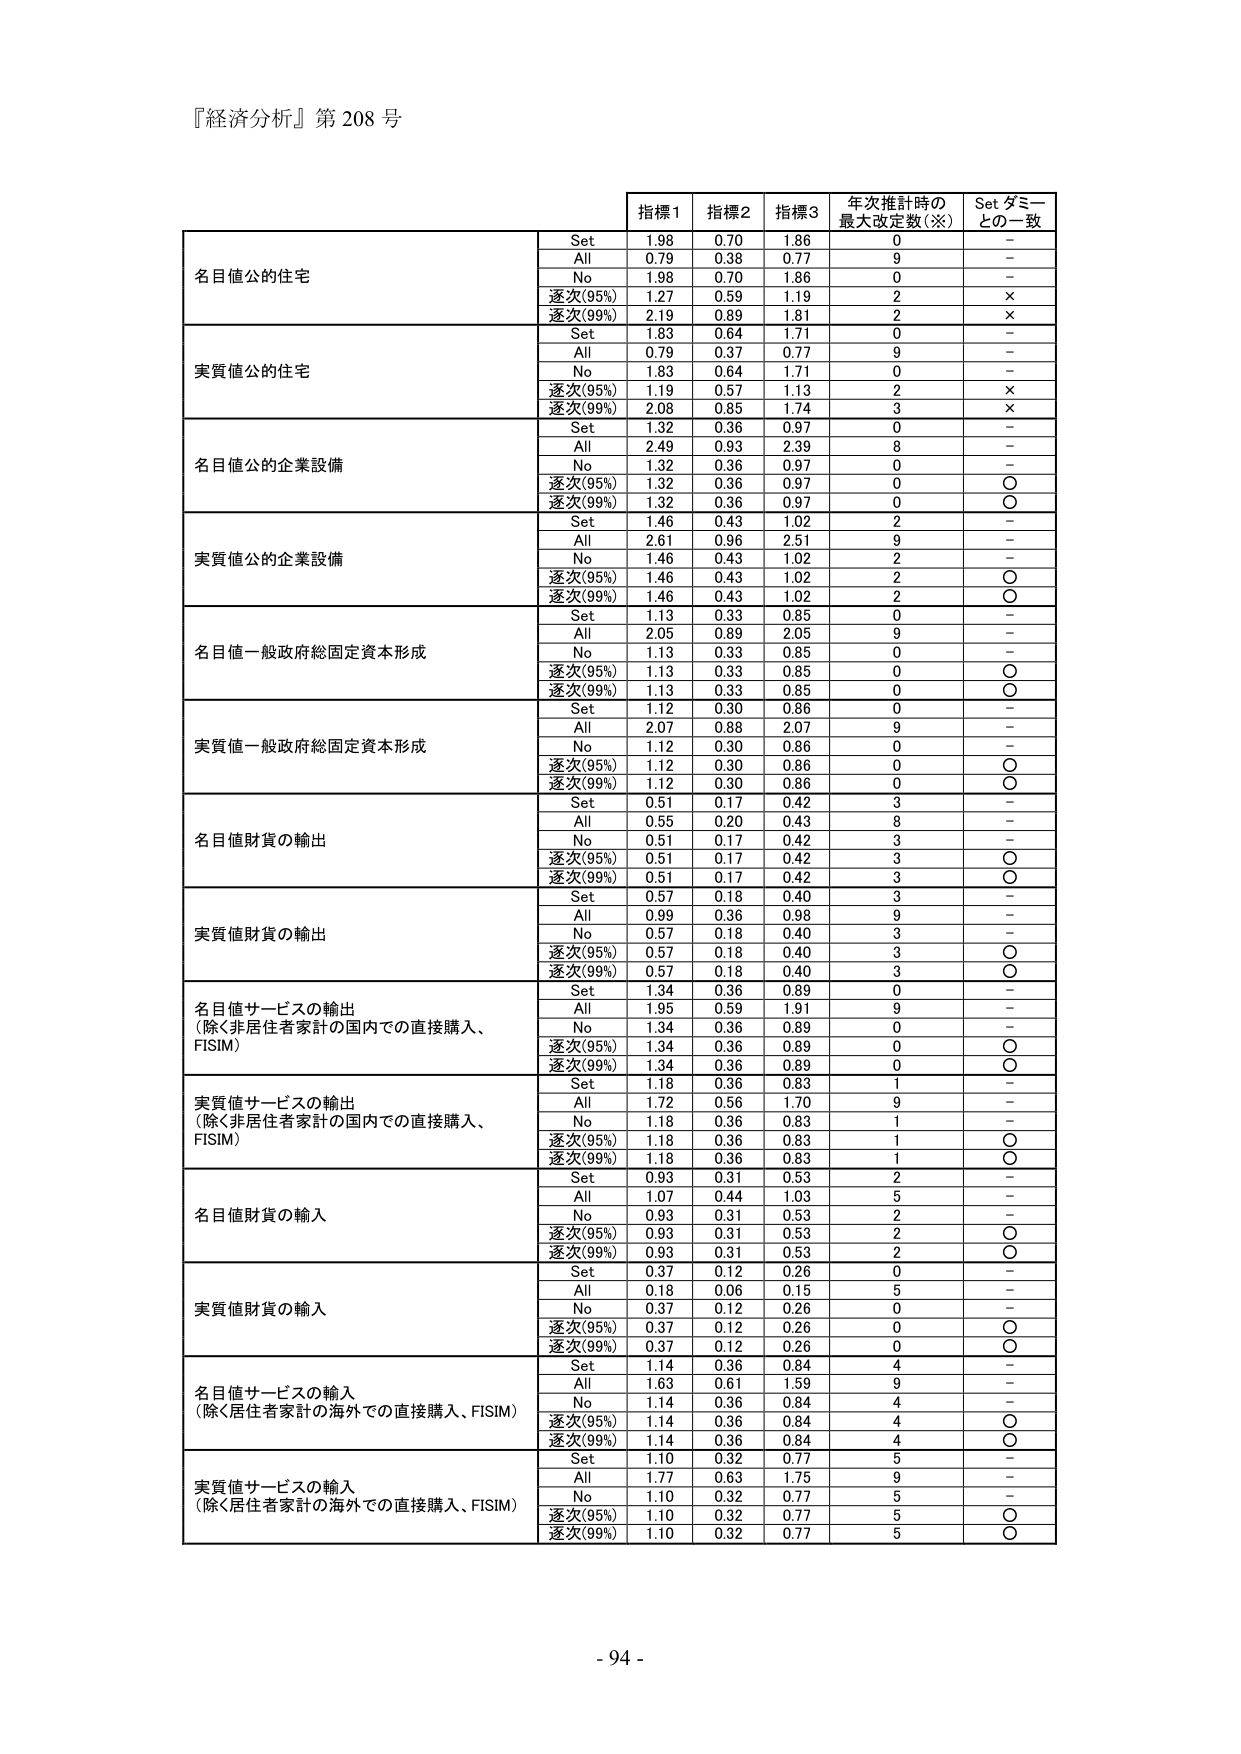
『経済分析』第 208 号

指標1 指標2 指標3 年次推計時の 最大改定数(※) Set ダミー との一致

名目値公的住宅
Set 1.98 0.70 1.86 0 -
All 0.79 0.38 0.77 9 -
No 1.98 0.70 1.86 0 -
逐次(95%) 1.27 0.59 1.19 2 ×
逐次(99%) 2.19 0.89 1.81 2 ×

実質値公的住宅
Set 1.83 0.64 1.71 0 -
All 0.79 0.37 0.77 9 -
No 1.83 0.64 1.71 0 -
逐次(95%) 1.19 0.57 1.13 2 ×
逐次(99%) 2.08 0.85 1.74 3 ×

名目値公的企業設備
Set 1.32 0.36 0.97 0 -
All 2.49 0.93 2.39 8 -
No 1.32 0.36 0.97 0 -
逐次(95%) 1.32 0.36 0.97 0 ○
逐次(99%) 1.32 0.36 0.97 0 ○

実質値公的企業設備
Set 1.46 0.43 1.02 2 -
All 2.61 0.96 2.51 9 -
No 1.46 0.43 1.02 2 -
逐次(95%) 1.46 0.43 1.02 2 ○
逐次(99%) 1.46 0.43 1.02 2 ○

名目値一般政府総固定資本形成
Set 1.13 0.33 0.85 0 -
All 2.05 0.89 2.05 9 -
No 1.13 0.33 0.85 0 -
逐次(95%) 1.13 0.33 0.85 0 ○
逐次(99%) 1.13 0.33 0.85 0 ○

実質値一般政府総固定資本形成
Set 1.12 0.30 0.86 0 -
All 2.07 0.88 2.07 9 -
No 1.12 0.30 0.86 0 -
逐次(95%) 1.12 0.30 0.86 0 ○
逐次(99%) 1.12 0.30 0.86 0 ○

名目値財貨の輸出
Set 0.51 0.17 0.42 3 -
All 0.55 0.20 0.43 8 -
No 0.51 0.17 0.42 3 -
逐次(95%) 0.51 0.17 0.42 3 ○
逐次(99%) 0.51 0.17 0.42 3 ○

実質値財貨の輸出
Set 0.57 0.18 0.40 3 -
All 0.99 0.36 0.98 9 -
No 0.57 0.18 0.40 3 -
逐次(95%) 0.57 0.18 0.40 3 ○
逐次(99%) 0.57 0.18 0.40 3 ○

名目値サービスの輸出
(除く非居住者家計の国内での直接購入、FISIM)
Set 1.34 0.36 0.89 0 -
All 1.95 0.59 1.91 9 -
No 1.34 0.36 0.89 0 -
逐次(95%) 1.34 0.36 0.89 0 ○
逐次(99%) 1.34 0.36 0.89 0 ○

実質値サービスの輸出
(除く非居住者家計の国内での直接購入、FISIM)
Set 1.18 0.36 0.83 1 -
All 1.72 0.56 1.70 9 -
No 1.18 0.36 0.83 1 -
逐次(95%) 1.18 0.36 0.83 1 ○
逐次(99%) 1.18 0.36 0.83 1 ○

名目値財貨の輸入
Set 0.93 0.31 0.53 2 -
All 1.07 0.44 1.03 5 -
No 0.93 0.31 0.53 2 -
逐次(95%) 0.93 0.31 0.53 2 ○
逐次(99%) 0.93 0.31 0.53 2 ○

実質値財貨の輸入
Set 0.37 0.12 0.26 0 -
All 0.18 0.06 0.15 5 -
No 0.37 0.12 0.26 0 -
逐次(95%) 0.37 0.12 0.26 0 ○
逐次(99%) 0.37 0.12 0.26 0 ○

名目値サービスの輸入
(除く居住者家計の海外での直接購入、FISIM)
Set 1.14 0.36 0.84 4 -
All 1.63 0.61 1.59 9 -
No 1.14 0.36 0.84 4 -
逐次(95%) 1.14 0.36 0.84 4 ○
逐次(99%) 1.14 0.36 0.84 4 ○

実質値サービスの輸入
(除く居住者家計の海外での直接購入、FISIM)
Set 1.10 0.32 0.77 5 -
All 1.77 0.63 1.75 9 -
No 1.10 0.32 0.77 5 -
逐次(95%) 1.10 0.32 0.77 5 ○
逐次(99%) 1.10 0.32 0.77 5 ○

- 94 -